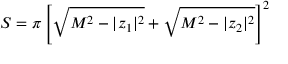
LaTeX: S = \pi \left[ \sqrt { M ^ { 2 } - | z _ { 1 } | ^ { 2 } } + \sqrt { M ^ { 2 } - | z _ { 2 } | ^ { 2 } } \right] ^ { 2 }